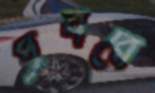
প্রবরে